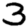
Digit: 3